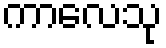
ကာလေသု